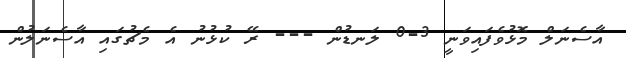
އާސެނަލް މޮޅުވެފައިވަނީ 3-0 ލަނޑުން --- ރޭ ކުޅުނު އެ މެޗުގައި އާސެނަލުން